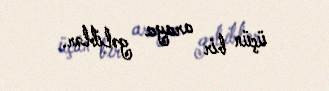
üçün bir araya gəliblər.